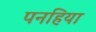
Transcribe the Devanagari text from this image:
पनहिया